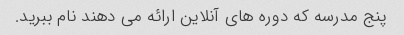
پنج مدرسه که دوره های آنلاین ارائه می دهند نام ببرید.